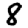
Digit: 8